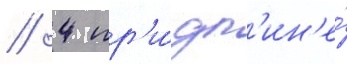
// 4 пр'и́ дл'ин'е́